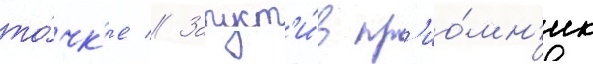
то́чк'е // Запуст'и́в пр'ио́мн'ик